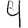
Digit: 4